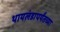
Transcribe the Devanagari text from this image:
थायलंडापर्यंतच्या